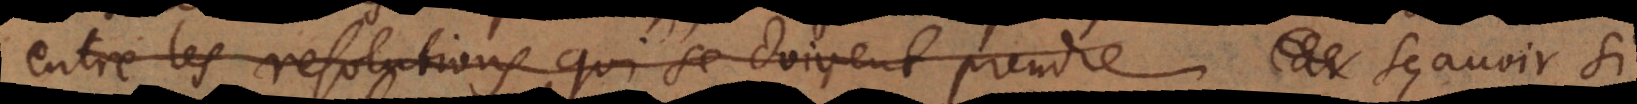
entre les resolutions qui se doivent prendre sur le